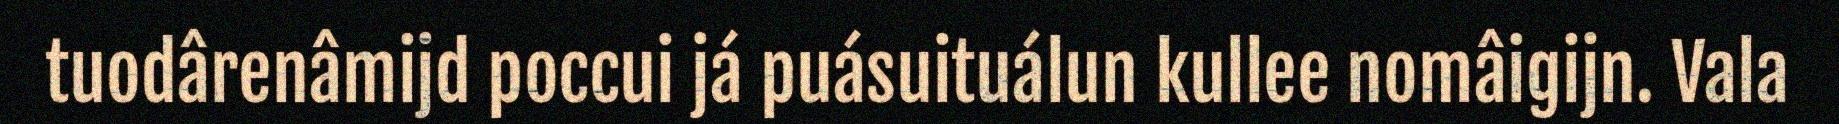
tuodârenâmijd poccui já puásuituálun kullee nomâigijn. Vala